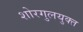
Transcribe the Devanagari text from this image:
शोरगुलयुक्त